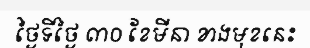
ថ្ងៃទីថ្ងៃ ៣០ ខែមីនា ខាងមុខនេះ